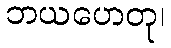
ဘယဟေတု၊